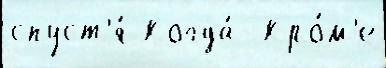
спуст'я́ Когда́  Кро́м'е